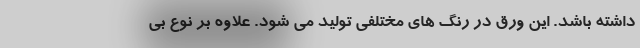
داشته باشد. این ورق در رنگ های مختلفی تولید می شود. علاوه بر نوع بی